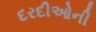
દરદીઓની